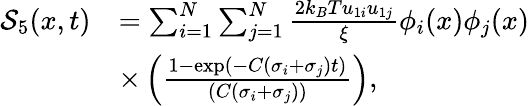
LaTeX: \begin{array}{rl}{\mathcal{S}_{5}(x,t)}&{=\sum_{i=1}^{N}\sum_{j=1}^{N}\frac{2k_{B}Tu_{1i}u_{1j}}{\xi}\phi_{i}(x)\phi_{j}(x)}\\ &{\times\left(\frac{1-\exp(-C(\sigma_{i}+\sigma_{j})t)}{(C(\sigma_{i}+\sigma_{j}))}\right),}\end{array}